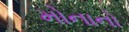
મોનાનો